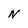
Character: N